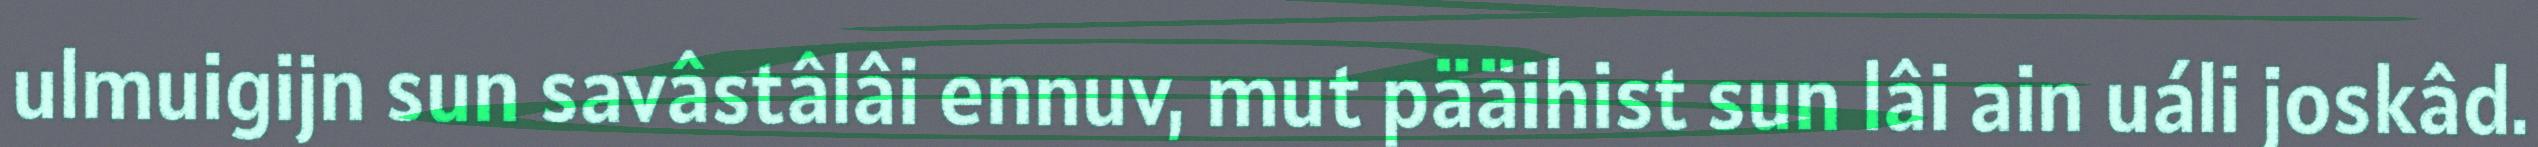
ulmuigijn sun savâstâlâi ennuv, mut pääihist sun lâi ain uáli joskâd.